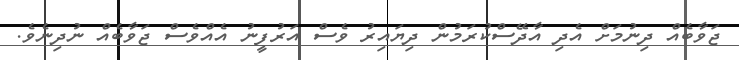
ޖަވާބެއް ދިނުމަށް އެދި އާދޭސްކުރަމުން ދިޔައިރު ވެސް އަރުފީނު އެއްވެސް ޖަވާބެއް ނުދިނެވެ.